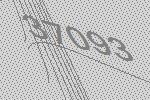
37093